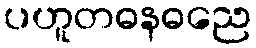
ပဟူတဓနဓညေ